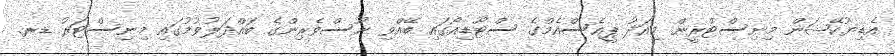
އެޑިޔުކޭޝަން މިނިސްޓްރީން މިއަދު ޕީއެސްއެމްގެ ސްޓޫޑިއޯގައި ބޭއްވި ނޫސްވެރިންގެ ބައްދަލުވުމުގައި މިނިސްޓަރު ޑރ.